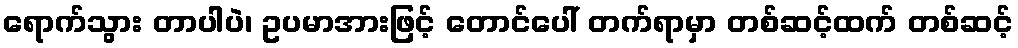
ရောက်သွား တာပါပဲ၊ ဥပမာအားဖြင့် တောင်ပေါ် တက်ရာမှာ တစ်ဆင့်ထက် တစ်ဆင့်